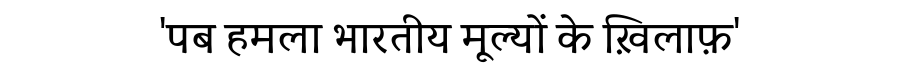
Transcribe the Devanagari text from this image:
'पब हमला भारतीय मूल्यों के ख़िलाफ़'